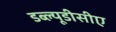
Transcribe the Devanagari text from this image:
डब्ल्यूडीसीए